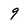
Character: 9